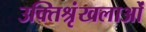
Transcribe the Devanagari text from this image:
उक्तिश्रृंखलाओं